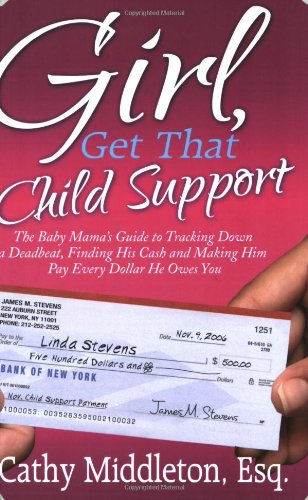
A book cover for Girl, Get that Child Support; Cathy Middleton; Law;